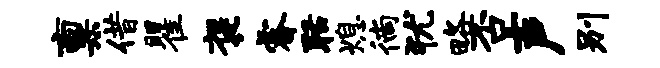
禀借瞿褒睿聒熄徜犹略否声别